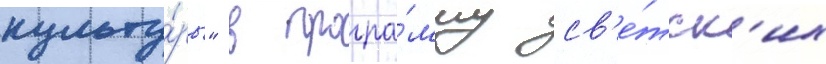
культу́ры" в програ́мму св'е́тск'их